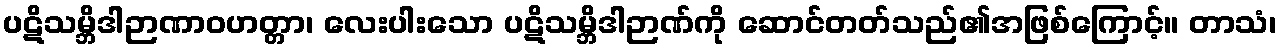
ပဋိသမ္ဘိဒါဉာဏာဝဟတ္တာ၊ လေးပါးသော ပဋိသမ္ဘိဒါဉာဏ်ကို ဆောင်တတ်သည်၏အဖြစ်ကြောင့်။ တာသံ၊